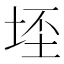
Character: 𭎠